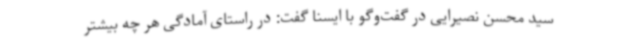
سید محسن نصیرایی در گفت‌وگو با ایسنا گفت: در راستای آمادگی هر چه بیشتر